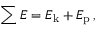
\sum E = E _ { \mathrm { k } } + E _ { \mathrm { p } } \, ,